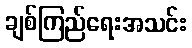
ချစ်ကြည်ရေးအသင်း